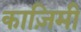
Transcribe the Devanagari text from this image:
काज़िमी